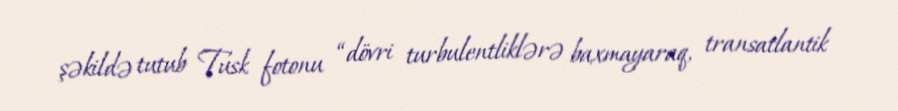
şəkildə tutub Tusk fotonu “dövri turbulentliklərə baxmayaraq, transatlantik